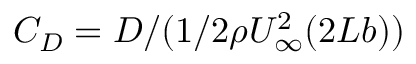
C _ { D } = D / ( 1 / 2 \rho U _ { \infty } ^ { 2 } ( 2 L b ) )